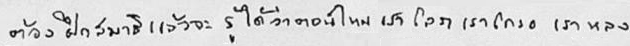
ต้องฝึกสมาธิแล้วจะรู้ได้ว่าตอนไหน เราโลภ เราโกรธ เราหลง